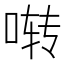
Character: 啭